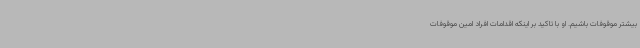
بیشتر موقوفات باشیم. او با تاکید بر اینکه اقدامات افراد امین موقوفات